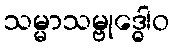
သမ္မာသမ္ဗုဒ္ဓေါဝ